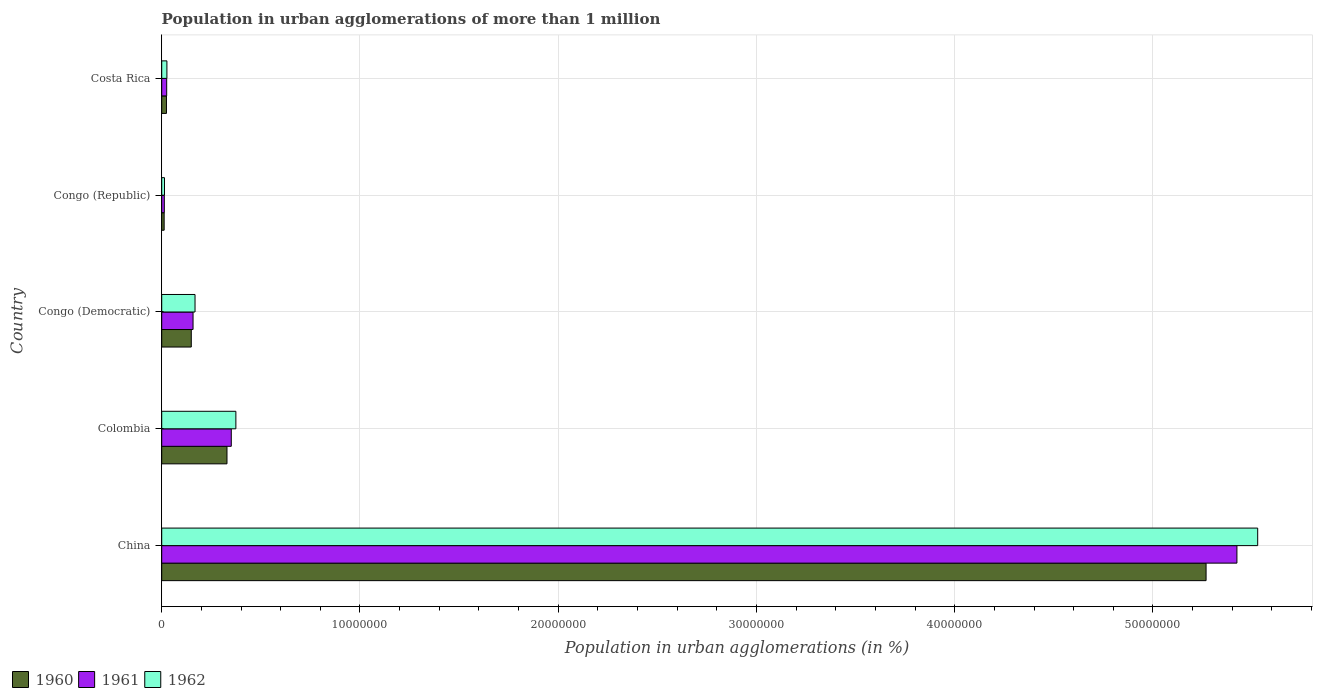
| Country | 1960 | 1961 | 1962 |
 | --- | --- | --- | --- |
 | China | 5.27e+07 | 5.42e+07 | 5.53e+07 |
 | Colombia | 3.29e+06 | 3.51e+06 | 3.74e+06 |
 | Congo (Democratic) | 1.49e+06 | 1.58e+06 | 1.68e+06 |
 | Congo (Republic) | 1.24e+05 | 1.32e+05 | 1.41e+05 |
 | Costa Rica | 2.4e+05 | 2.51e+05 | 2.62e+05 |